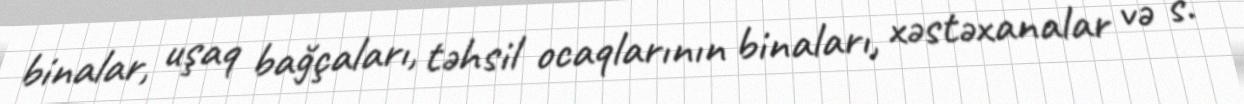
binalar, uşaq bağçaları, təhsil ocaqlarının binaları, xəstəxanalar və s.